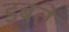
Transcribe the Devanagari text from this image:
डबते